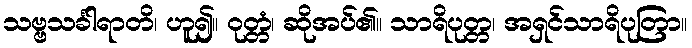
သဗ္ဗသင်္ခါရာတိ၊ ဟူ၍။ ဝုတ္တံ၊ ဆိုအပ်၏။ သာရိပုတ္တ၊ အရှင်သာရိပုတြာ။